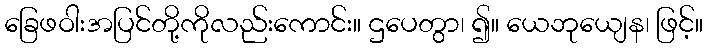
ခြေဖဝါးအပြင်တို့ကိုလည်းကောင်း။ ဌပေတွာ၊ ၍။ ယေဘုယျေန၊ ဖြင့်။